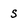
Character: s